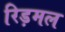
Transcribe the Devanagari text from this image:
रिड़मल